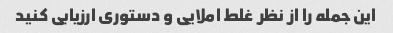
این جمله را از نظر غلط املایی و دستوری ارزیابی کنید